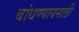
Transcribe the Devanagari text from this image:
बांधण्यायसाठी